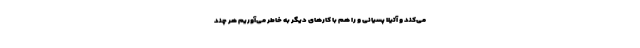
می‌کند و آتیلا پسیانی و را هم با کارهای دیگر به خاطر می‌آوریم هر چند